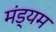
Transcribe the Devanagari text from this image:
मंड्यम